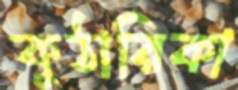
কুঠারিকা